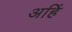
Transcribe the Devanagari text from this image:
अहिं